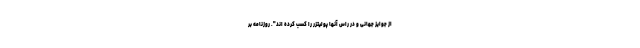
از جوایز جهانی و در راس آنها پولیتزر را کسب کرده اند". روزنامه بر